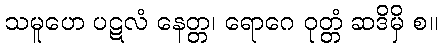
သမူဟေ ပဋလံ နေတ္တ၊ ရောဂေ ဝုတ္တံ ဆဒိမှိ စ။